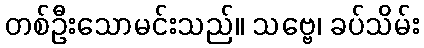
တစ်ဦးသောမင်းသည်။ သဗ္ဗေ၊ ခပ်သိမ်း